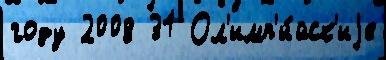
году 2008 31 Ол'имп'и́йск'иjе